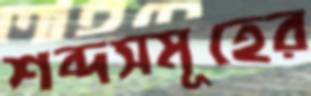
শব্দসমূহের